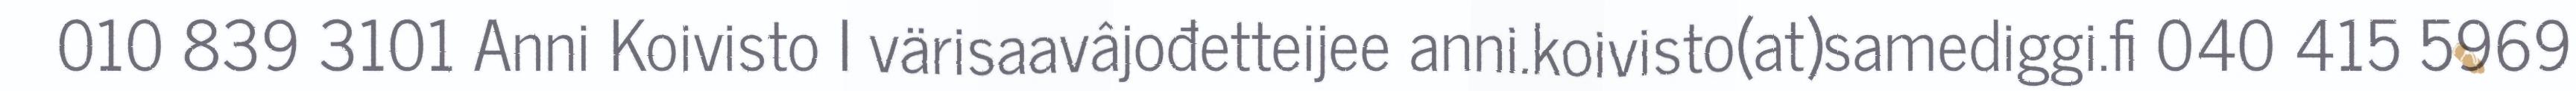
010 839 3101 Anni Koivisto I värisaavâjođetteijee anni.koivisto(at)samediggi.fi 040 415 5969